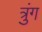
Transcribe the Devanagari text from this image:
त्रुंग